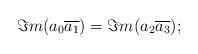
LaTeX: \begin{align*}\Im m(a_0\overline{a_1})=\Im m(a_2\overline{a_3});\end{align*}